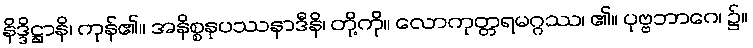
နိဒ္ဒိဋ္ဌာနိ၊ ကုန်၏။ အနိစ္စနုပဿနာဒီနိ၊ တို့ကို။ လောကုတ္တရမဂ္ဂဿ၊ ၏။ ပုဗ္ဗဘာဂေ၊ ၌။